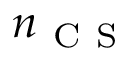
n _ { \mathrm { ~ C ~ S ~ } }